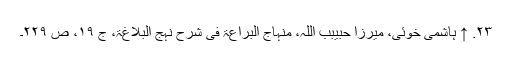
۲۳. ↑ ہاشمی خوئی، میرزا حبیبب اللہ، منہاج البراعۃ فی شرح نہج البلاغۃ، ج ۱۹، ص ۲۲۹۔